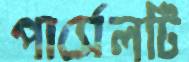
পার্সেলটি